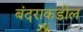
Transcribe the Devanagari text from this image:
बंदराकडील